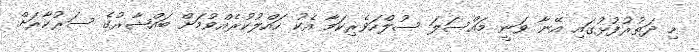
މި ދަތުރުފުޅުގައި އޭނާ ވަނީ މައްސަލަ ސުލްހަވެރިކަމާ އެކު ހައްލުކުރެއްވުމަށް ބައްޝާރުގެ ސަރުކާރަށް